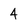
Character: 4